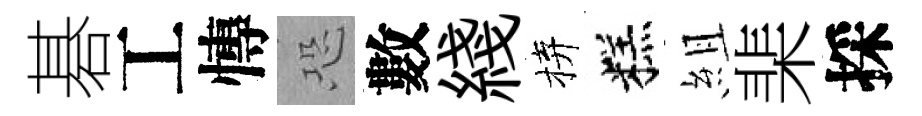
碁工慱恐數綫拚糕組棐採